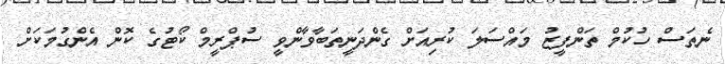
ނެތަސް ހުކުމް ތަންފީޒު މައްސަލަ ކުރިއަށް ގެންދަނީތަބާވާންވީ ސުޕްރީމް ކޯޓުގެ ކޮން އެންގުމަކަށް